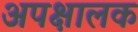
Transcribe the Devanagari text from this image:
अपक्षालक